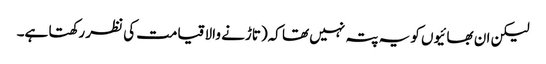
لیکن ان بھائیوں کو یہ پتہ نہیں تھا کہ(تاڑنے والا قیامت کی نظر رکھتا ہے۔